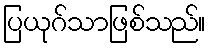
ပြယုဂ်သာဖြစ်သည်။